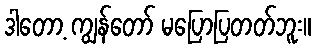
ဒါတော့ ကျွန်တော် မပြောပြတတ်ဘူး။